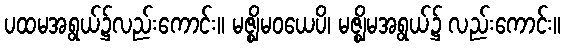
ပထမအရွယ်၌လည်းကောင်း။ မဇ္ဈိမဝယေပိ၊ မဇ္ဈိမအရွယ်၌ လည်းကောင်း။